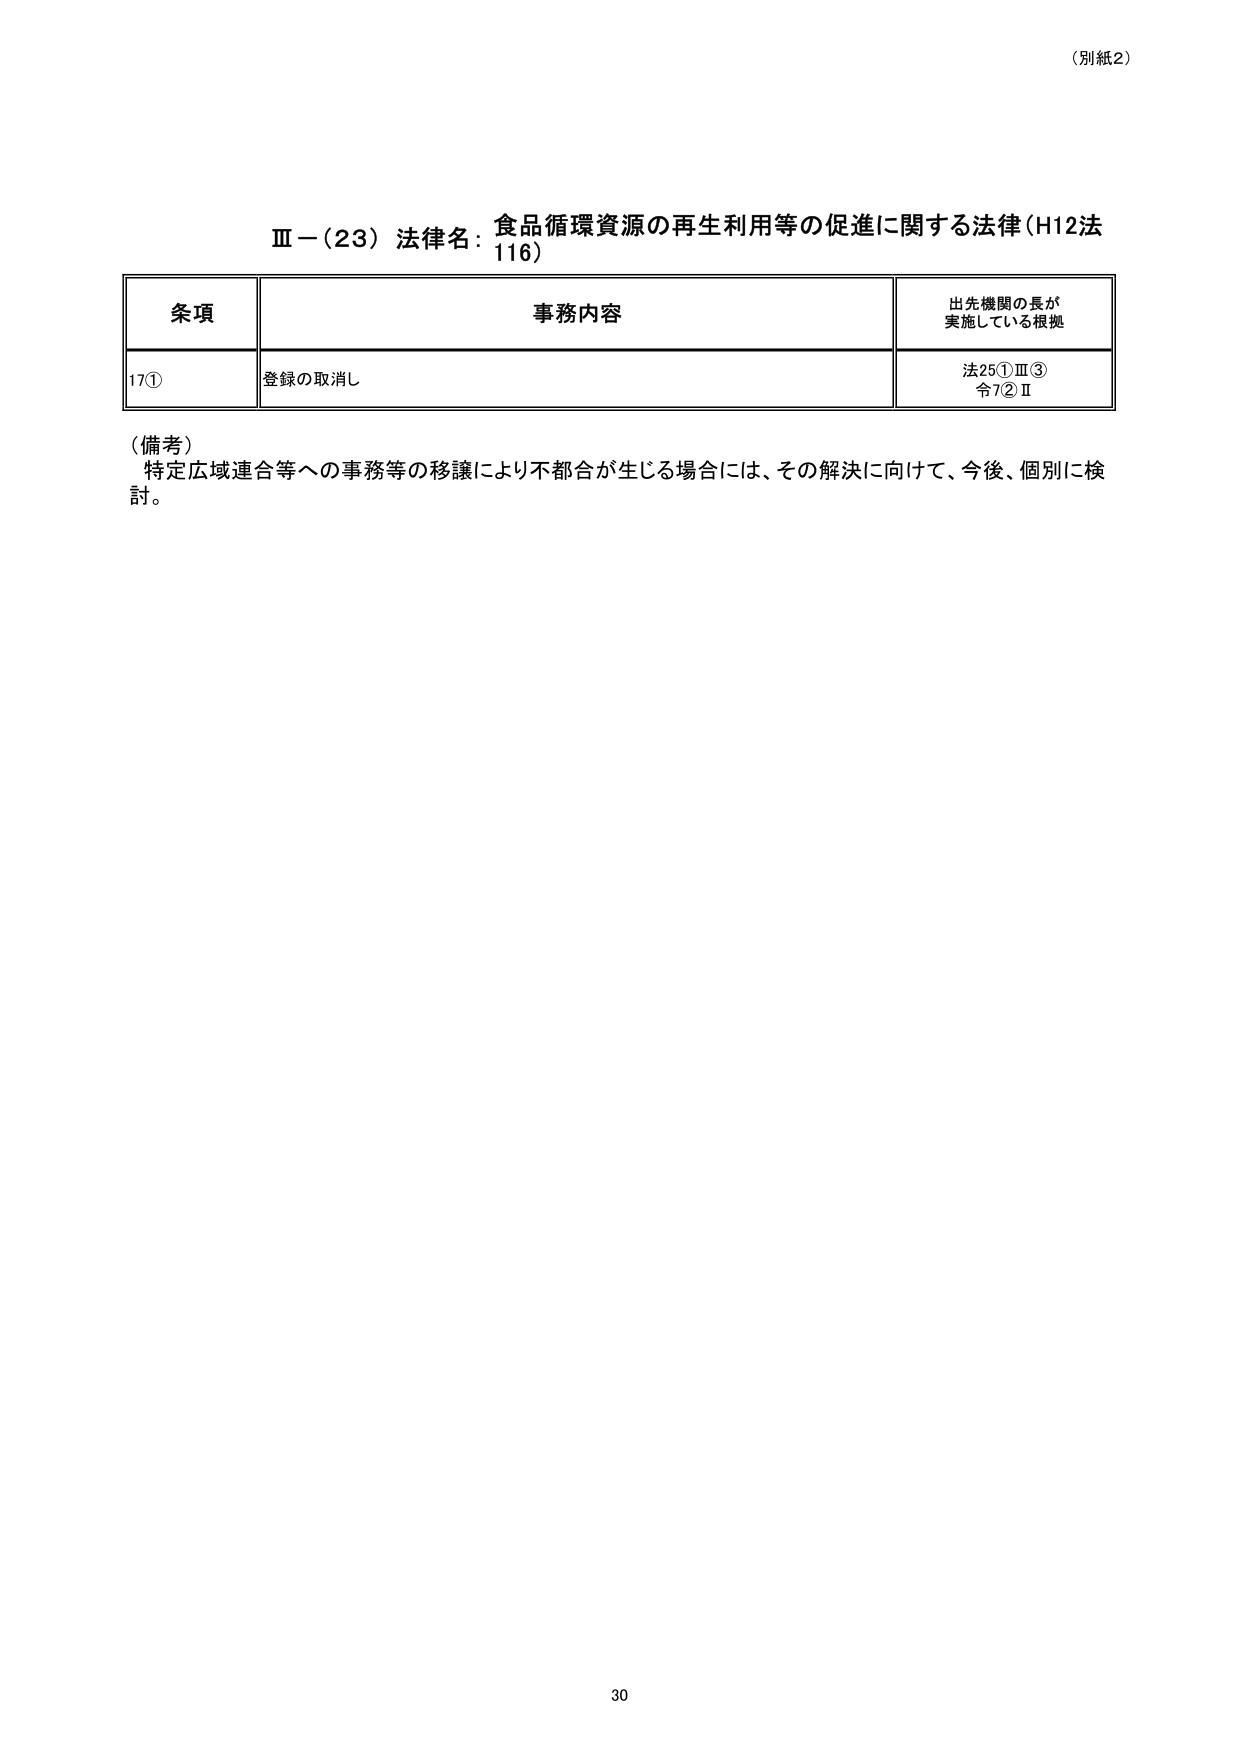
（別紙2）

Ⅲ－（23）法律名：食品循環資源の再生利用等の促進に関する法律（H12法116）

条項　　　　　　　　　　　事務内容　　　　　　　　　　　出先機関の長が実施している根拠

17①　　　　　　　　　登録の取消し　　　　　　　　　　法25①Ⅲ③
　　　　　　　　　　　　　　　　　　　　　　　　　　令7②Ⅱ

（備考）
特定広域連合等への事務等の移譲により不都合が生じる場合には、その解決に向けて、今後、個別に検討。

30